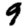
Digit: 9